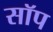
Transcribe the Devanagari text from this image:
सॉप